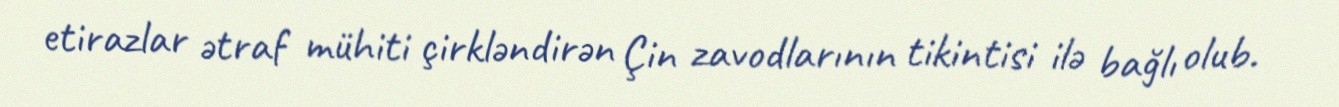
etirazlar ətraf mühiti çirkləndirən Çin zavodlarının tikintisi ilə bağlı olub.